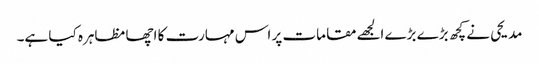
مدیحی نے کچھ بڑے بڑے الجھے مقامات پر اس مہارت کا اچھا مظاہرہ کیا ہے۔